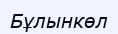
Бұлынкөл